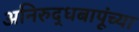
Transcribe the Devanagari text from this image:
अनिरुद्धबापूंच्या